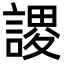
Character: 謖